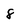
Character: 8